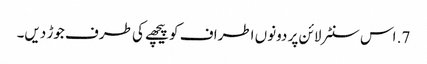
7. اس سنٹر لائن پر دونوں اطراف کو پیچھے کی طرف جوڑ دیں۔